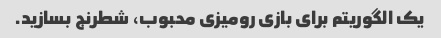
یک الگوریتم برای بازی رومیزی محبوب، شطرنج بسازید.